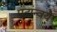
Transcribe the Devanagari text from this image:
पदांन्वये